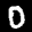
Label: 0